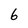
Character: 6